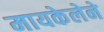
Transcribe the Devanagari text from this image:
मायकेलेने